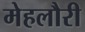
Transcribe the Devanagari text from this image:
मेहलौरी